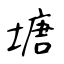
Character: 塘